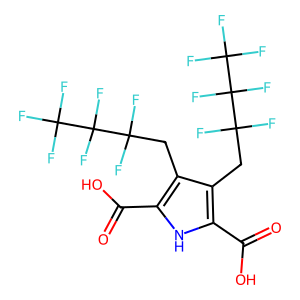
SMILES: O=C(O)c1[nH]c(C(=O)O)c(CC(F)(F)C(F)(F)C(F)(F)F)c1CC(F)(F)C(F)(F)C(F)(F)F
Inhibits HIV replication: No